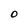
Character: O